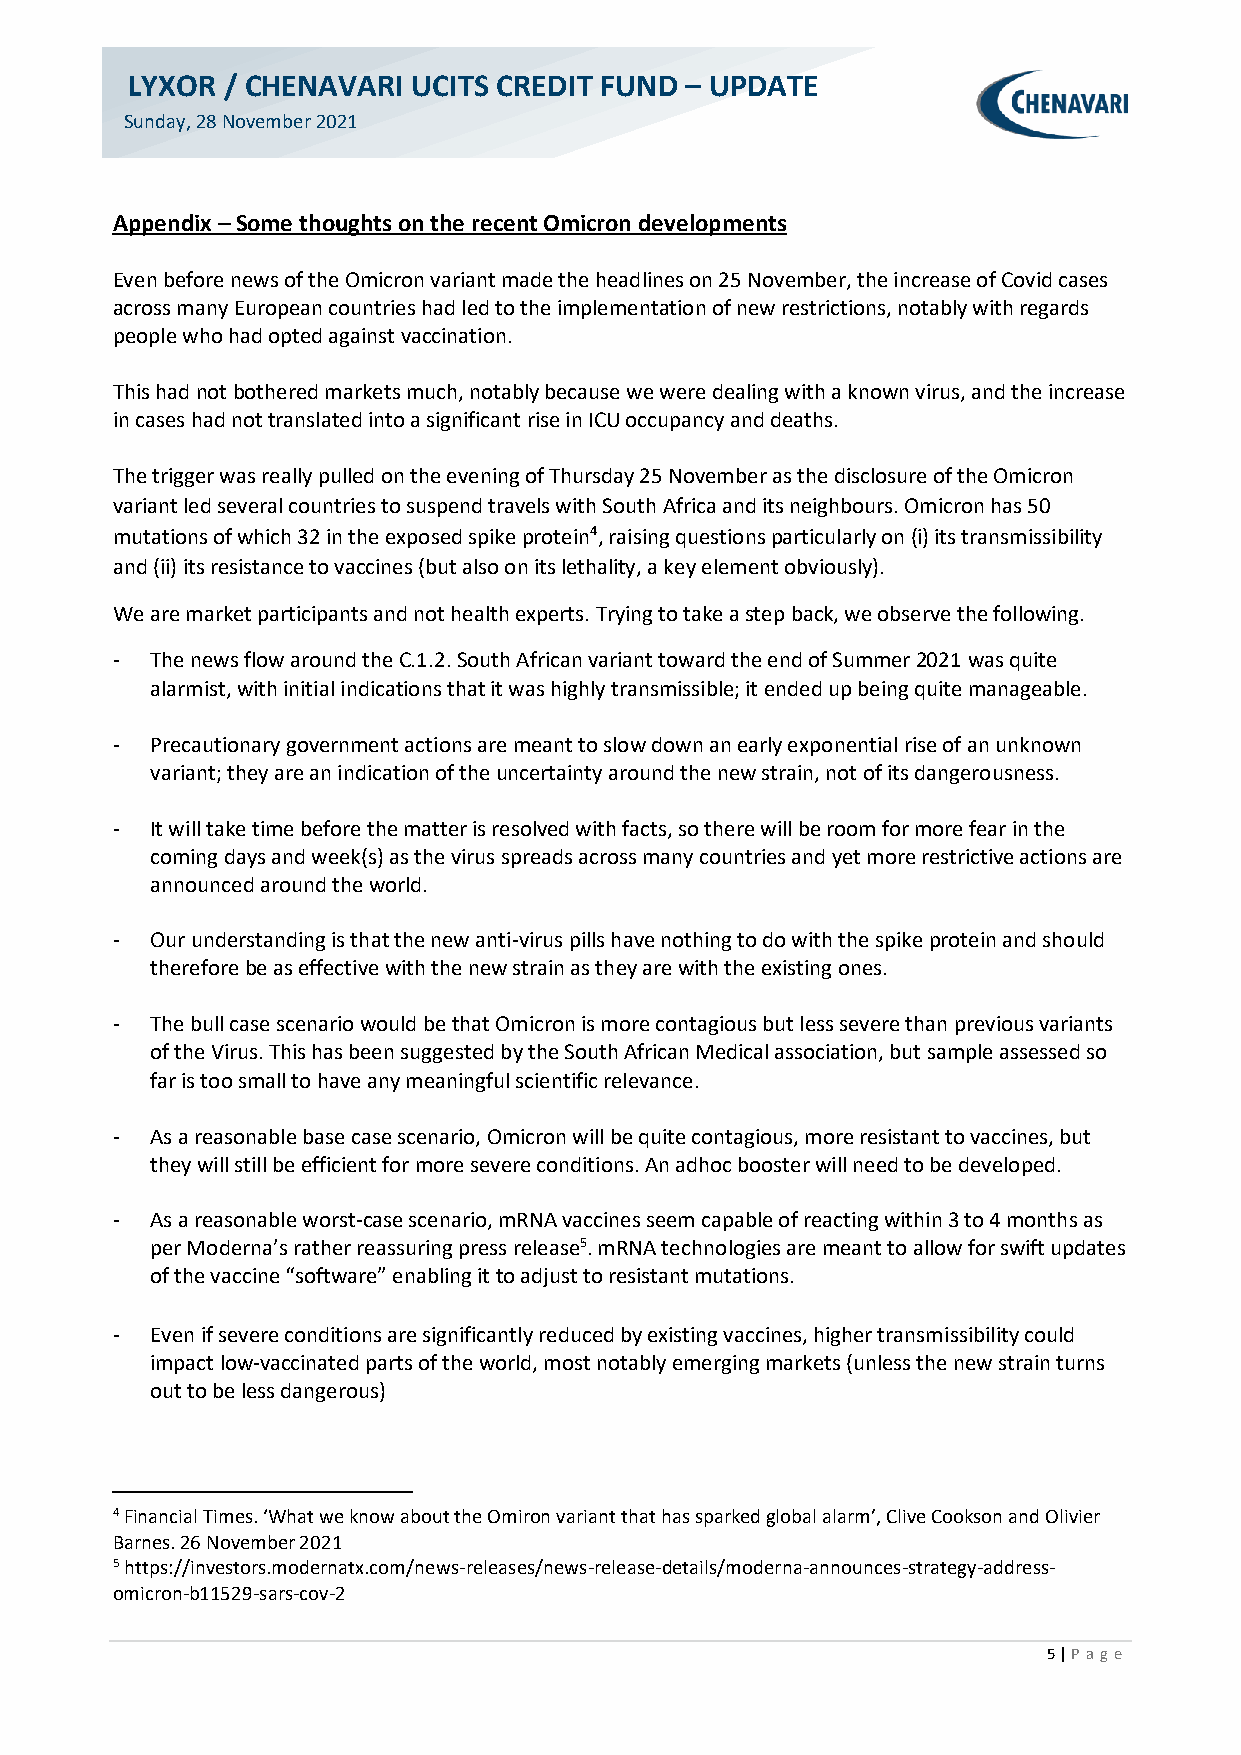
LYXOR  / CHENAVARI UCITS CREDIT FUND – UPDATE
 Sunday, 28 November 2021
 Appendix – Some thoughts on the recent Omicron developments
 Even before news of the Omicron variant made the headlines on 25 November, the increase of Covid cases
 across many European countries had led to the implementation of new restrictions, notably with regards
 people who had opted against vaccination.
 This had not bothered markets much, notably because we were dealing with a known virus, and the increase
 in cases had not translated into a significant rise in ICU occupancy and deaths.
 The trigger was really pulled on the evening of Thursday 25 November as the disclosure of the Omicron
 variant led several countries to suspend travels with South Africa and its neighbours. Omicron has 50
 mutations of which 32 in the exposed spike protein4, raising questions particularly on (i) its transmissibility
 and (ii) its resistance to vaccines (but also on its lethality, a key element obviously).
 We are market participants and not health experts. Trying to take a step back, we observe the following.
 -  The news flow around the C.1.2. South African variant toward the end of Summer 2021 was quite
 alarmist, with initial indications that it was highly transmissible; it ended up being quite manageable.
 -  Precautionary government actions are meant to slow down an early exponential rise of an unknown
 variant; they are an indication of the uncertainty around the new strain, not of its dangerousness.
 -  It will take time before the matter is resolved with facts, so there will be room for more fear in the
 coming days and week(s) as the virus spreads across many countries and yet more restrictive actions are
 announced around the world.
 -  Our understanding is that the new anti-virus pills have nothing to do with the spike protein and should
 therefore be as effective with the new strain as they are with the existing ones.
 -  The bull case scenario would be that Omicron is more contagious but less severe than previous variants
 of the Virus. This has been suggested by the South African Medical association, but sample assessed so
 far is too small to have any meaningful scientific relevance.
 -  As a reasonable base case scenario, Omicron will be quite contagious, more resistant to vaccines, but
 they will still be efficient for more severe conditions. An adhoc booster will need to be developed.
 -  As a reasonable worst-case scenario, mRNA vaccines seem capable of reacting within 3 to 4 months as
 per Moderna’s rather reassuring press release5. mRNA technologies are meant to allow for swift updates
 of the vaccine “software” enabling it to adjust to resistant mutations.
 -  Even if severe conditions are significantly reduced by existing vaccines, higher transmissibility could
 impact low-vaccinated parts of the world, most notably emerging markets (unless the new strain turns
 out to be less dangerous)
 4 Financial Times. ‘What we know about the Omiron variant that has sparked global alarm’, Clive Cookson and Olivier
 Barnes. 26 November 2021
 5 https://investors.modernatx.com/news-releases/news-release-details/moderna-announces-strategy-address-
 omicron-b11529-sars-cov-2
 5 | P ag e